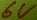
Text: 6V